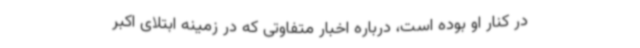
در کنار او بوده است، درباره اخبار متفاوتی که در زمینه ابتلای اکبر